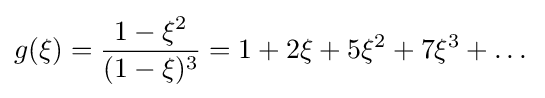
g(\xi )={\frac {1-\xi ^{2}}{(1-\xi )^{3}}}=1+2\xi +5\xi ^{2}+7\xi ^{3}+\dots